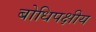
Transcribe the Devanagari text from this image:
बोधिपक्षीय